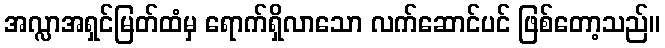
အလ္လာအရှင်မြတ်ထံမှ ရောက်ရှိလာသော လက်ဆောင်ပင် ဖြစ်တော့သည်။